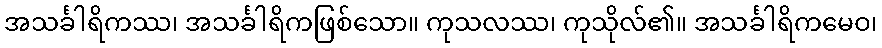
အသင်္ခါရိကဿ၊ အသင်္ခါရိကဖြစ်သော။ ကုသလဿ၊ ကုသိုလ်၏။ အသင်္ခါရိကမေဝ၊